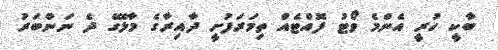
ބާކީ ހުރީ އެންމެ ވޯޓު ފޮއްޓެއް ތިމަރަފުށީ ދާއިރާގެ މާލޭގެ ދެ ނަންބަރު